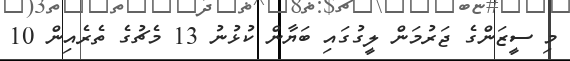
މި ސީޒަންގެ ޖަރުމަން ލީގުގައި ބަޔާން ކުޅުނު 13 މެޗުގެ ތެރެއިން 10